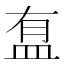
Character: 䀁